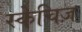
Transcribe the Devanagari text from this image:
स्केचिज़